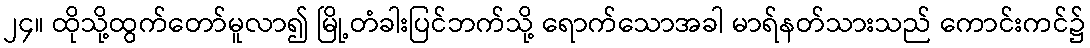
၂၄။ ထိုသို့ထွက်တော်မူလာ၍ မြို့တံခါးပြင်ဘက်သို့ ရောက်သောအခါ မာရ်နတ်သားသည် ကောင်းကင်၌